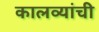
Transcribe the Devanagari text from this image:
कालव्यांची